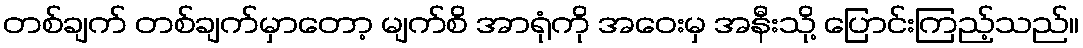
တစ်ချက် တစ်ချက်မှာတော့ မျက်စိ အာရုံကို အဝေးမှ အနီးသို့ ပြောင်းကြည့်သည်။